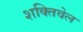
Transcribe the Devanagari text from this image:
शक्तिवेल